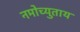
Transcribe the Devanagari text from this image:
नमोच्युताय